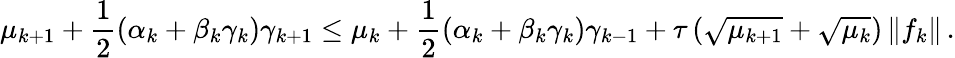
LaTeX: {\mu}_{k+1}+\frac{1}{2}\left({\alpha}_{k}+{\beta}_{k}{\gamma}_{k}\right){\gamma}_{k+1}\leq{\mu}_{k}+\frac{1}{2}\left({\alpha}_{k}+{\beta}_{k}{\gamma}_{k}\right){\gamma}_{k-1}+{\tau}\left(\sqrt{{\mu}_{k+1}}+\sqrt{{\mu}_{k}}\right)\left\| {f}_{k}\right\| \, .